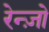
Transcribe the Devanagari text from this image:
रेन्ज़ो